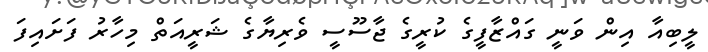
ލީބިއާ އިން ވަނީ ގައްޒާފީގެ ކުރީގެ ޖާސޫސީ ވެރިޔާގެ ޝަރީއަތް މިހާރު ފަށައިފަ